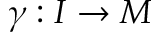
\gamma : I \rightarrow M